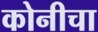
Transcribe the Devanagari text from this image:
कोनीचा